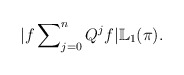
\begin{align*}|f\sum\nolimits_{j=0}^{n}Q^{j}f|\mathbb{L}_{1}(\pi).\end{align*}